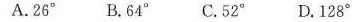
A.26° B.64° C.52° D.128°